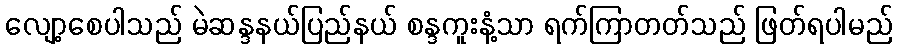
လျော့စေပါသည် မဲဆန္ဒနယ်ပြည်နယ် စန္ဒကူးနံ့သာ ရက်ကြာတတ်သည် ဖြတ်ရပါမည်